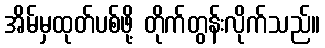
အိမ်မှထုတ်ပစ်ဖို့ တိုက်တွန်းလိုက်သည်။